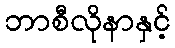
ဘာစီလိုနာနှင့်